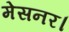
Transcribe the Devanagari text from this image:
मेसनर।